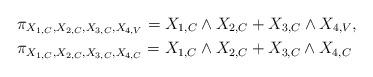
LaTeX: \begin{align*}& \pi_{X_{1,C}, X_{2,C},X_{3,C}, X_{4,V}}=X_{1,C}\wedge X_{2,C}+X_{3,C}\wedge X_{4,V},\\& \pi_{X_{1,C}, X_{2,C},X_{3,C}, X_{4,C}}=X_{1,C}\wedge X_{2,C}+X_{3,C}\wedge X_{4,C}\end{align*}